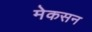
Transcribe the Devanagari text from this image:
मेकसन